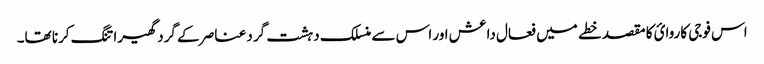
اس فوجی کاروائ کا مقصد خطے میں فعال داعش اور اس سے منسلک دہشت گرد عناصر کے گرد گھیرا تنگ کرنا تھا۔